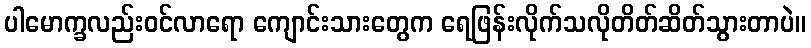
ပါမောက္ခလည်းဝင်လာရော ကျောင်းသားတွေက ရေဖြန်းလိုက်သလိုတိတ်ဆိတ်သွားတာပဲ။